Annual administration report of the Civil Veterinary Department of India - 1896-1897
Year: 1896
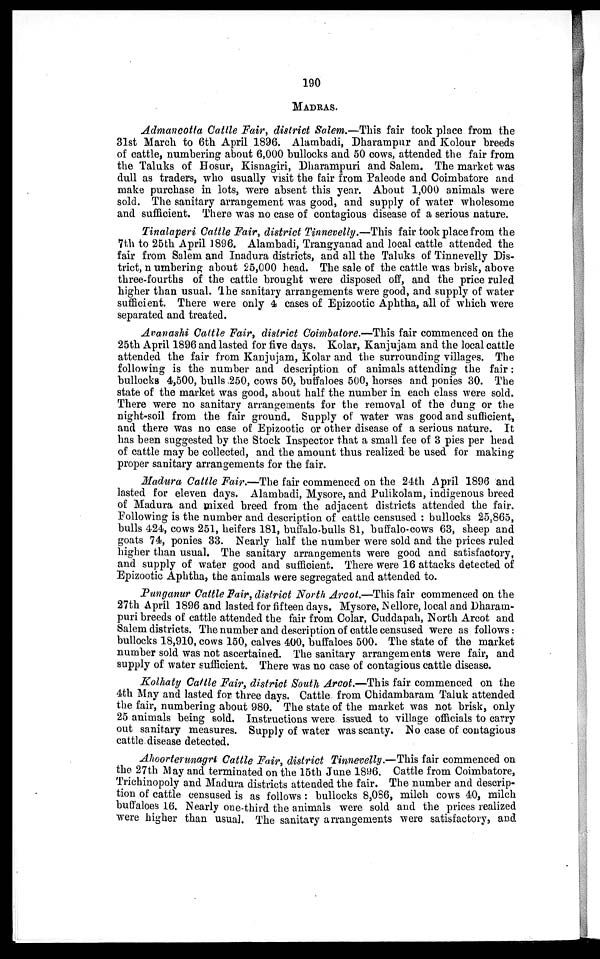
190
MADRAS.
Admancotta Cattle Fair, district Salem.—This fair took place from the
31st March to 6th April 1896. Alambadi, Dharampur and Kolour breeds
of cattle, numbering about 6,000 bullocks and 50 cows, attended the fair from
the Taluks of Hosur, Kisnagiri, Dharampuri and Salem. The market was
dull as traders, who usually visit the fair from Paleode and Coimbatore and
make purchase in lots, were absent this year. About 1,000 animals were
sold. The sanitary arrangement was good, and supply of water wholesome
and sufficient. There was no case of contagious disease of a serious nature.
Tinalaperi Cattle Fair, district Tinnevelly.—This fair took place from the
7th to 25th April 1896. Alambadi, Trangyanad and local cattle attended the
fair from Salem and Inadura districts, and all the Taluks of Tinnevelly Dis-
trict, numbering about 25,000 head. The sale of the cattle was brisk, above
three-fourths of the cattle brought were disposed off, and the price ruled
higher than usual. The sanitary arrangements were good, and supply of water
sufficient. There were only 4 cases of Epizootic Aphtha, all of which were
separated and treated.
Avanashi Cattle Fair, district Coimbatore.—This fair commenced on the
25th April 1896 and lasted for five days. Kolar, Kanjujam and the local cattle
attended the fair from Kanjujam, Kolar and the surrounding villages. The
following is the number and description of animals attending the fair:
bullocks 4,500, bulls 250, cows 50, buffaloes 500, horses and ponies 30. The
state of the market was good, about half the number in each class were sold.
There were no sanitary arrangements for the removal of the dung or the
night-soil from the fair ground. Supply of water was good and sufficient,
and there was no case of Epizootic or other disease of a serious nature. It
has been suggested by the Stock Inspector that a small fee of 3 pies per head
of cattle may be collected, and the amount thus realized be used for making
proper sanitary arrangements for the fair.
Madura Cattle Fair.—The fair commenced on the 24th April 1896 and
lasted for eleven days. Alambadi, Mysore, and Pulikolam, indigenous breed
of Madura and mixed breed from the adjacent districts attended the fair.
Following is the number and description of cattle censused: bullocks 25,865,
bulls 424, cows 251, heifers 181, buffalo-bulls 81, buffalo-cows 63, sheep and
goats 74, ponies 33. Nearly half the number were sold and the prices ruled
higher than usual. The sanitary arrangements were good and satisfactory,
and supply of water good and sufficient. There were 16 attacks detected of
Epizootic Aphtha, the animals were segregated and attended to.
Punganur Cattle Fair, district North Arcot.—This fair commenced on the
27th April 1896 and lasted for fifteen days. Mysore, Nellore, local and Dharam-
puri breeds of cattle attended the fair from Colar, Cuddapah, North Arcot and
Salem districts. The number and description of cattle censused were as follows:
bullocks 18,910, cows 150, calves 400, buffaloes 500. The state of the market
number sold was not ascertained. The sanitary arrangements were fair, and
supply of water sufficient. There was no case of contagious cattle disease.
Kolhaty Cattle Fair, district South Arcot.—This fair commenced on the
4th May and lasted for three days. Cattle from Chidambaram Taluk attended
the fair, numbering about 980. The state of the market was not brisk, only
25 animals being sold. Instructions were issued to village officials to carry
out sanitary measures. Supply of water was scanty. No case of contagious
cattle disease detected.
Ahoorterunagri Cattle Fair, district Tinnevelly.—This fair commenced on
the 27th May and terminated on the 15th June 1896. Cattle from Coimbatore,
Trichinopoly and Madura districts attended the fair. The number and descrip-
tion of cattle censused is as follows: bullocks 8,086, milch cows 40, milch
buffaloes 16. Nearly one third the animals were sold and the prices realized
were higher than usual. The sanitary arrangements were satisfactory, and